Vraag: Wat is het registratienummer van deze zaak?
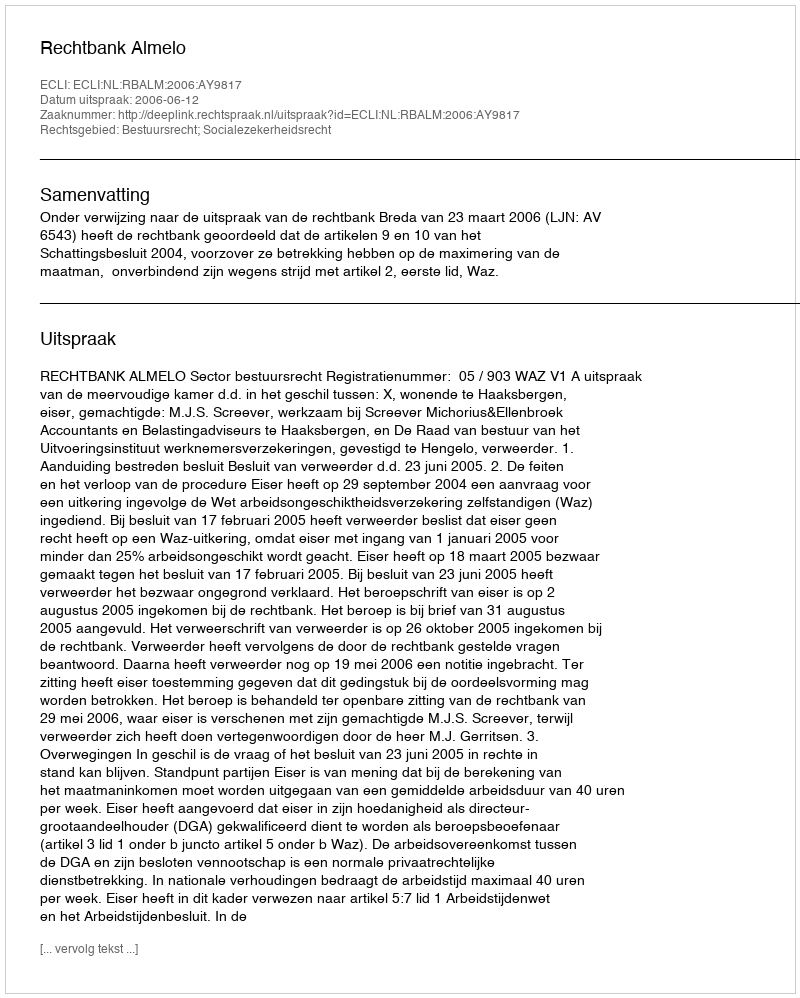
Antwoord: http://deeplink.rechtspraak.nl/uitspraak?id=ECLI:NL:RBALM:2006:AY9817